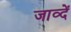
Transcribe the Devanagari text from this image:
जाव्दें